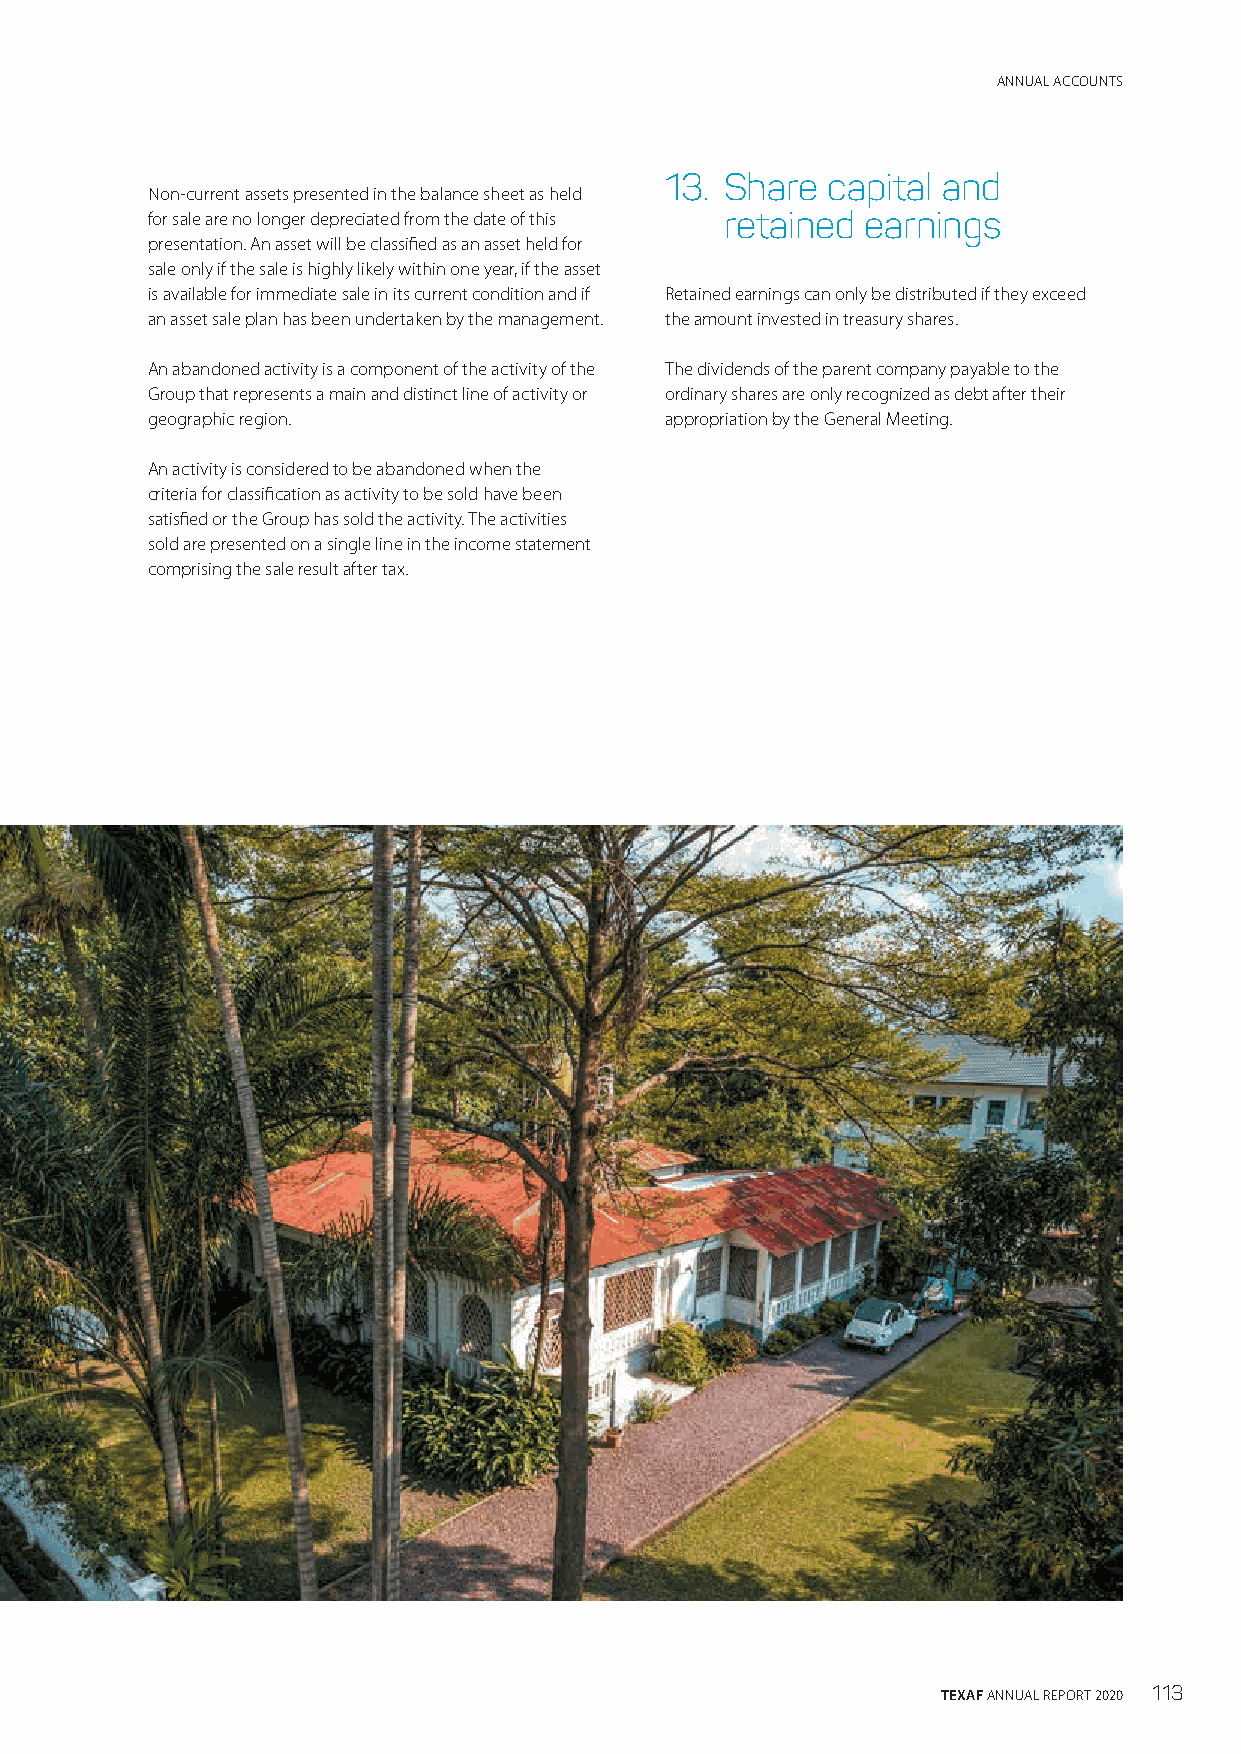
ANNUAL ACCOUNTS
 13. Share  capital and
 Non-current assets presented in the balance sheet as held
 for sale are no longer depreciated from the date of this retained earnings
 presentation. An asset will be classified as an asset held for
 sale only if the sale is highly likely within one year, if the asset
 is available for immediate sale in its current condition and if Retained earnings can only be distributed if they exceed
 an asset sale plan has been undertaken by the management. the amount invested in treasury shares.
 An abandoned activity is a component of the activity of the The dividends of the parent company payable to the
 Group that represents a main and distinct line of activity or ordinary shares are only recognized as debt after their
 geographic region.                appropriation by the General Meeting.
 An activity is considered to be abandoned when the
 criteria for classification as activity to be sold have been
 satisfied or the Group has sold the activity. The activities
 sold are presented on a single line in the income statement
 comprising the sale result after tax.
 TEXAF ANNUAL REPORT 2020 113